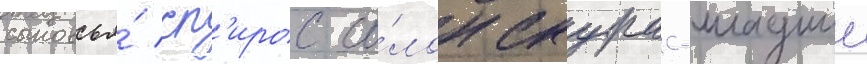
сыновья́ сп'ирос со́лон скурас-младшии